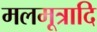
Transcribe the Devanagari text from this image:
मलमूत्रादि